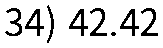
34) 42.42